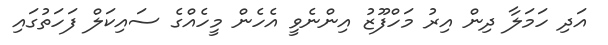
އަދި ހަމަލާ ދިން އިރު މަހްފޫޒު އިންނެވީ އެހެން މީހެއްގެ ސައިކަލް ފަހަތުގައި